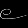
Digit: ၉